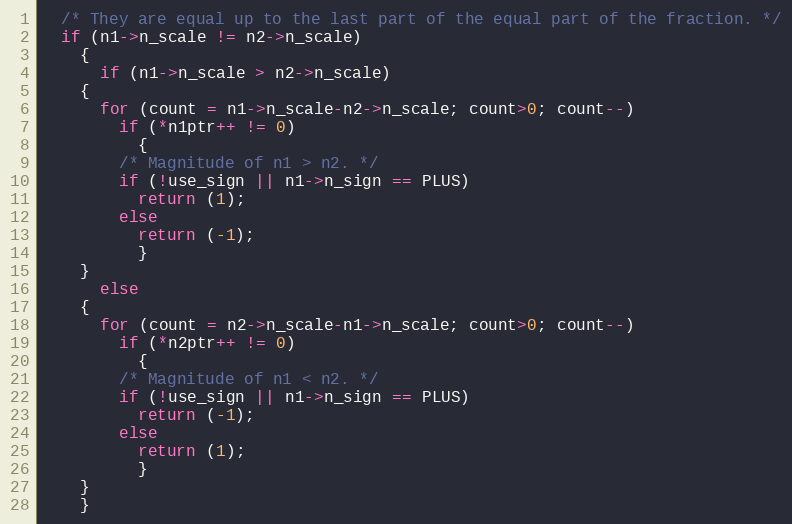
Language: C++
  /* They are equal up to the last part of the equal part of the fraction. */
  if (n1->n_scale != n2->n_scale)
    {
      if (n1->n_scale > n2->n_scale)
	{
	  for (count = n1->n_scale-n2->n_scale; count>0; count--)
	    if (*n1ptr++ != 0)
	      {
		/* Magnitude of n1 > n2. */
		if (!use_sign || n1->n_sign == PLUS)
		  return (1);
		else
		  return (-1);
	      }
	}
      else
	{
	  for (count = n2->n_scale-n1->n_scale; count>0; count--)
	    if (*n2ptr++ != 0)
	      {
		/* Magnitude of n1 < n2. */
		if (!use_sign || n1->n_sign == PLUS)
		  return (-1);
		else
		  return (1);
	      }
	}
    }